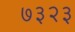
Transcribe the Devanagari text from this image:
७३२३